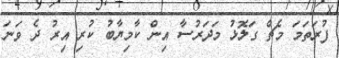
ފުރަތަމަ މެޗް ގަލޮޅު މަދަރުސާ އިން ކާމިޔާބު ކުރި އިރު ދެ ވަނަ